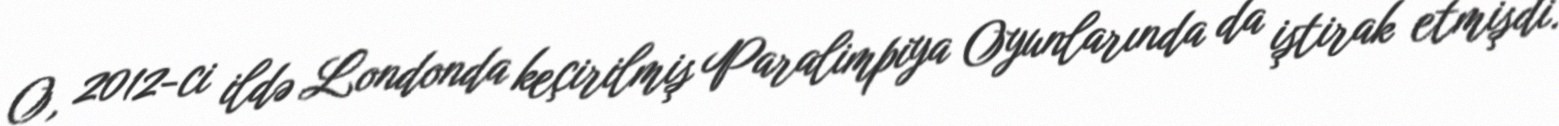
O, 2012-ci ildə Londonda keçirilmiş Paralimpiya Oyunlarında da iştirak etmişdi.